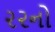
૨૨નો